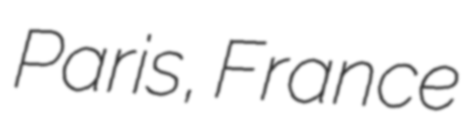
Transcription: Paris, France